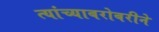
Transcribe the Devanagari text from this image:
त्यांच्याबरोबरीने